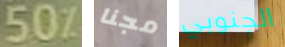
50% مجنا الجنوبي